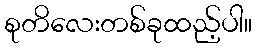
စုတိလေးတစ်ခုထည့်ပါ။